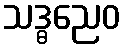
သဒ္ဓညေဝ